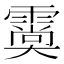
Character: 𩅌